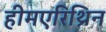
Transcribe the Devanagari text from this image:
हीमएरिथ्रिन